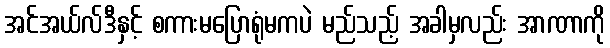
အင်အယ်လ်ဒီနှင့် စကားမပြောရုံမကပဲ မည်သည့် အခါမှလည်း အာဏာကို